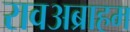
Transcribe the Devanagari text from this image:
रावअब्राहम